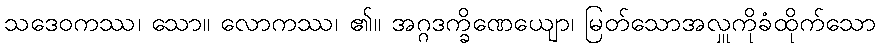
သဒေဝကဿ၊ သော။ လောကဿ၊ ၏။ အဂ္ဂဒက္ခိဏေယျော၊ မြတ်သောအလှူကိုခံထိုက်သော